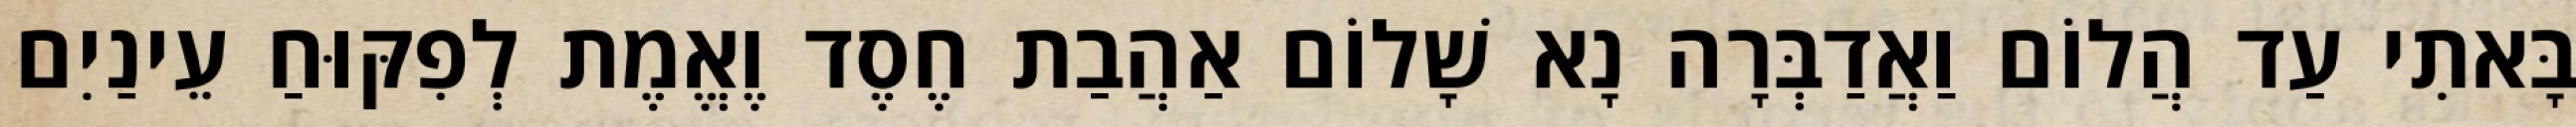
בָּאתִי עַד הֲלוֹם וַאֲדַבְּרָה נָא שָׁלוֹם אַהֲבַת חֶסֶד וֶאֱמֶת לְפִקּוּחַ עֵינַיִם